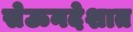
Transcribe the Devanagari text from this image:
सेऊनदेशात